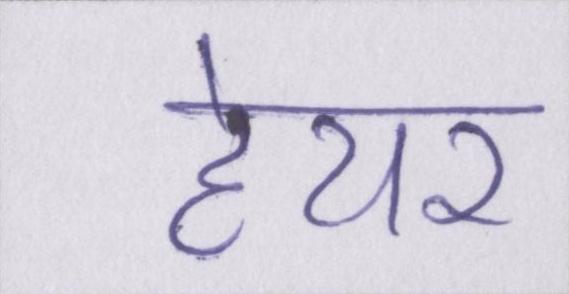
हेयर